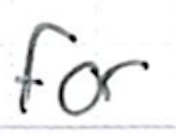
Text: for
Cross-out: clean
Writing tool: ballpoint